Vaccination in Bombay 1856-1862 - 1856-1862
Year: 1856
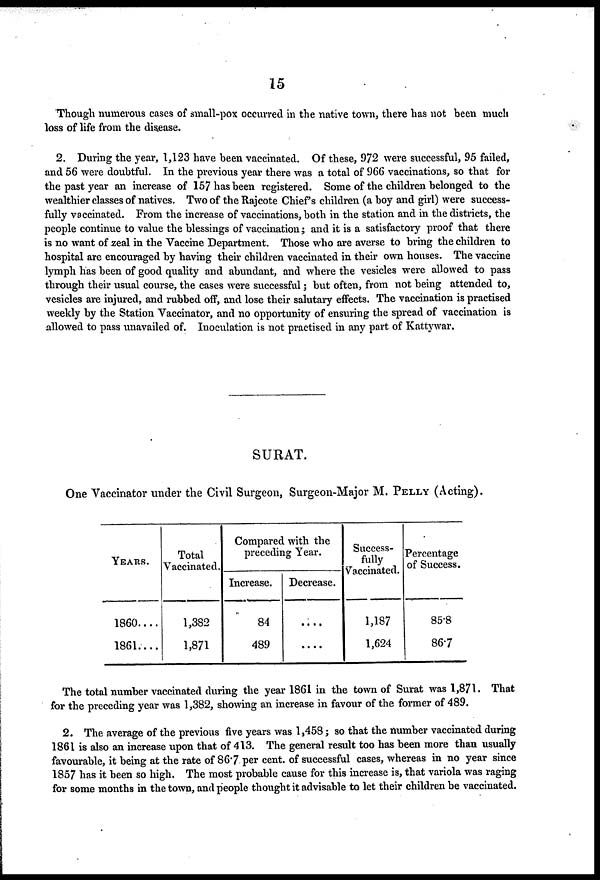
15
Though numerous cases of small-pox occurred in the native town, there has not been much
loss of life from the disease.
2. During the year, 1,123 have been vaccinated. Of these, 972 were successful, 95 failed,
and 56 were doubtful. In the previous year there was a total of 966 vaccinations, so that for
the past year an increase of 157 has been registered. Some of the children belonged to the
wealthier classes of natives. Two of the Rajcote Chief's children (a boy and girl) were success-
fully vaccinated. From the increase of vaccinations, both in the station and in the districts, the
people continue to value the blessings of vaccination; and it is a satisfactory proof that there
is no want of zeal in the Vaccine Department. Those who are averse to bring the children to
hospital are encouraged by having their children vaccinated in their own houses. The vaccine
lymph has been of good quality and abundant, and where the vesicles were allowed to pass
through their usual course, the cases were successful ; but often, from not being attended to,
vesicles are injured, and rubbed off, and lose their salutary effects. The vaccination is practised
weekly by the Station Vaccinator, and no opportunity of ensuring the spread of vaccination is
allowed to pass unavailed of. Inoculation is not practised in any part of Kattywar.
SURAT.
One Vaccinator under the Civil Surgeon, Surgeon-Major M. PELLY (Acting).
YEARS.
1860....
1861....
Total
Vaccinated.
1,382
1,871
Compared with the
preceding Year.
Increase.
84
489
Decrease.
....
....
Success-
fully
Vaccinated.
1,187
1,624
Percentage
of Success.
85.8
86.7
The total number vaccinated during the year 1861 in the town of Surat was 1,871. That
for the preceding year was 1,382, showing an increase in favour of the former of 489.
2. The average of the previous five years was 1,458; so that the number vaccinated during
1861 is also an increase upon that of 413. The general result too has been more than usually
favourable, it being at the rate of 86.7 per cent. of successful cases, whereas in no year since
1857 has it been so high. The most probable cause for this increase is, that variola was raging
for some months in the town, and people thought it advisable to let their children be vaccinated.